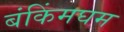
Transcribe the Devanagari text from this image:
बंकिंमघम